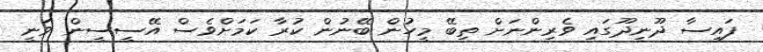
ފައިސާ ދޫނިދޫގައި ވެރިންނަށް ތިބޭ މީހުން ބޭނުން ކުރާ ކަމަށްވެސް އޭސީސީން ވަނީ